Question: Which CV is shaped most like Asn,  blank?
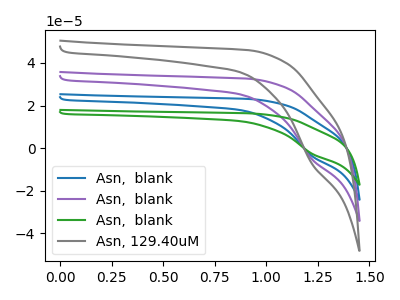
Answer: <think>The blue curve "Asn,  blank" has a cathodic peak at: (1.20V, -10.40uA). The purple curve "Asn,  blank" has a cathodic peak at: (1.20V, -5.20uA). The green curve "Asn,  blank" has a cathodic peak at: (1.20V, -15.60uA). The gray curve "Asn, 129.40uM" has a cathodic peak at: (1.20V, -7.35uA).
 All the peaks in "Asn,  blank" have a peak in "Asn,  blank" at the same potential. Every peak in "Asn,  blank" is higher than every peak in "Asn,  blank". All the peaks in "Asn,  blank" have a peak in "Asn,  blank" at the same potential. Every peak in "Asn,  blank" is lower than every peak in "Asn,  blank". All the peaks in "Asn,  blank" have a peak in "Asn, 129.40uM" at the same potential. Every peak in "Asn,  blank" is higher than every peak in "Asn, 129.40uM". All the peaks in "Asn,  blank" have a peak in "Asn,  blank" at the same potential. Every peak in "Asn,  blank" is lower than every peak in "Asn,  blank". All the peaks in "Asn,  blank" have a peak in "Asn, 129.40uM" at the same potential. Every peak in "Asn,  blank" is lower than every peak in "Asn, 129.40uM". All the peaks in "Asn,  blank" have a peak in "Asn, 129.40uM" at the same potential. Every peak in "Asn,  blank" is higher than every peak in "Asn, 129.40uM".</think>
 <answer>"Asn,  blank", "Asn,  blank" and "Asn,  blank" have a similar shape to "Asn, 129.40uM".</answer>
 <eval>"Asn,  blank" "Asn,  blank" "Asn,  blank"</eval>